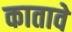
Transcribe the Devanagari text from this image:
कातावे